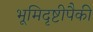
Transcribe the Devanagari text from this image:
भूमिदृष्टीपैकी